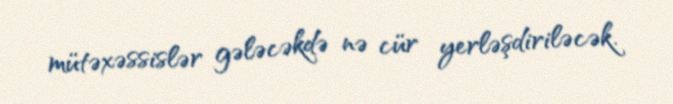
mütəxəssislər gələcəkdə nə cür yerləşdiriləcək.